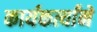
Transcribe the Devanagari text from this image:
कार्यकर्त्यांने